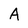
Character: A